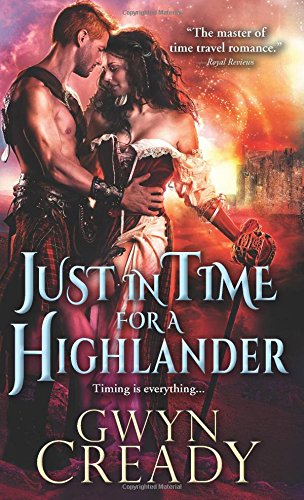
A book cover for Just in Time for a Highlander (Sirens of the Scottish Borderlands); Gwyn Cready; Romance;